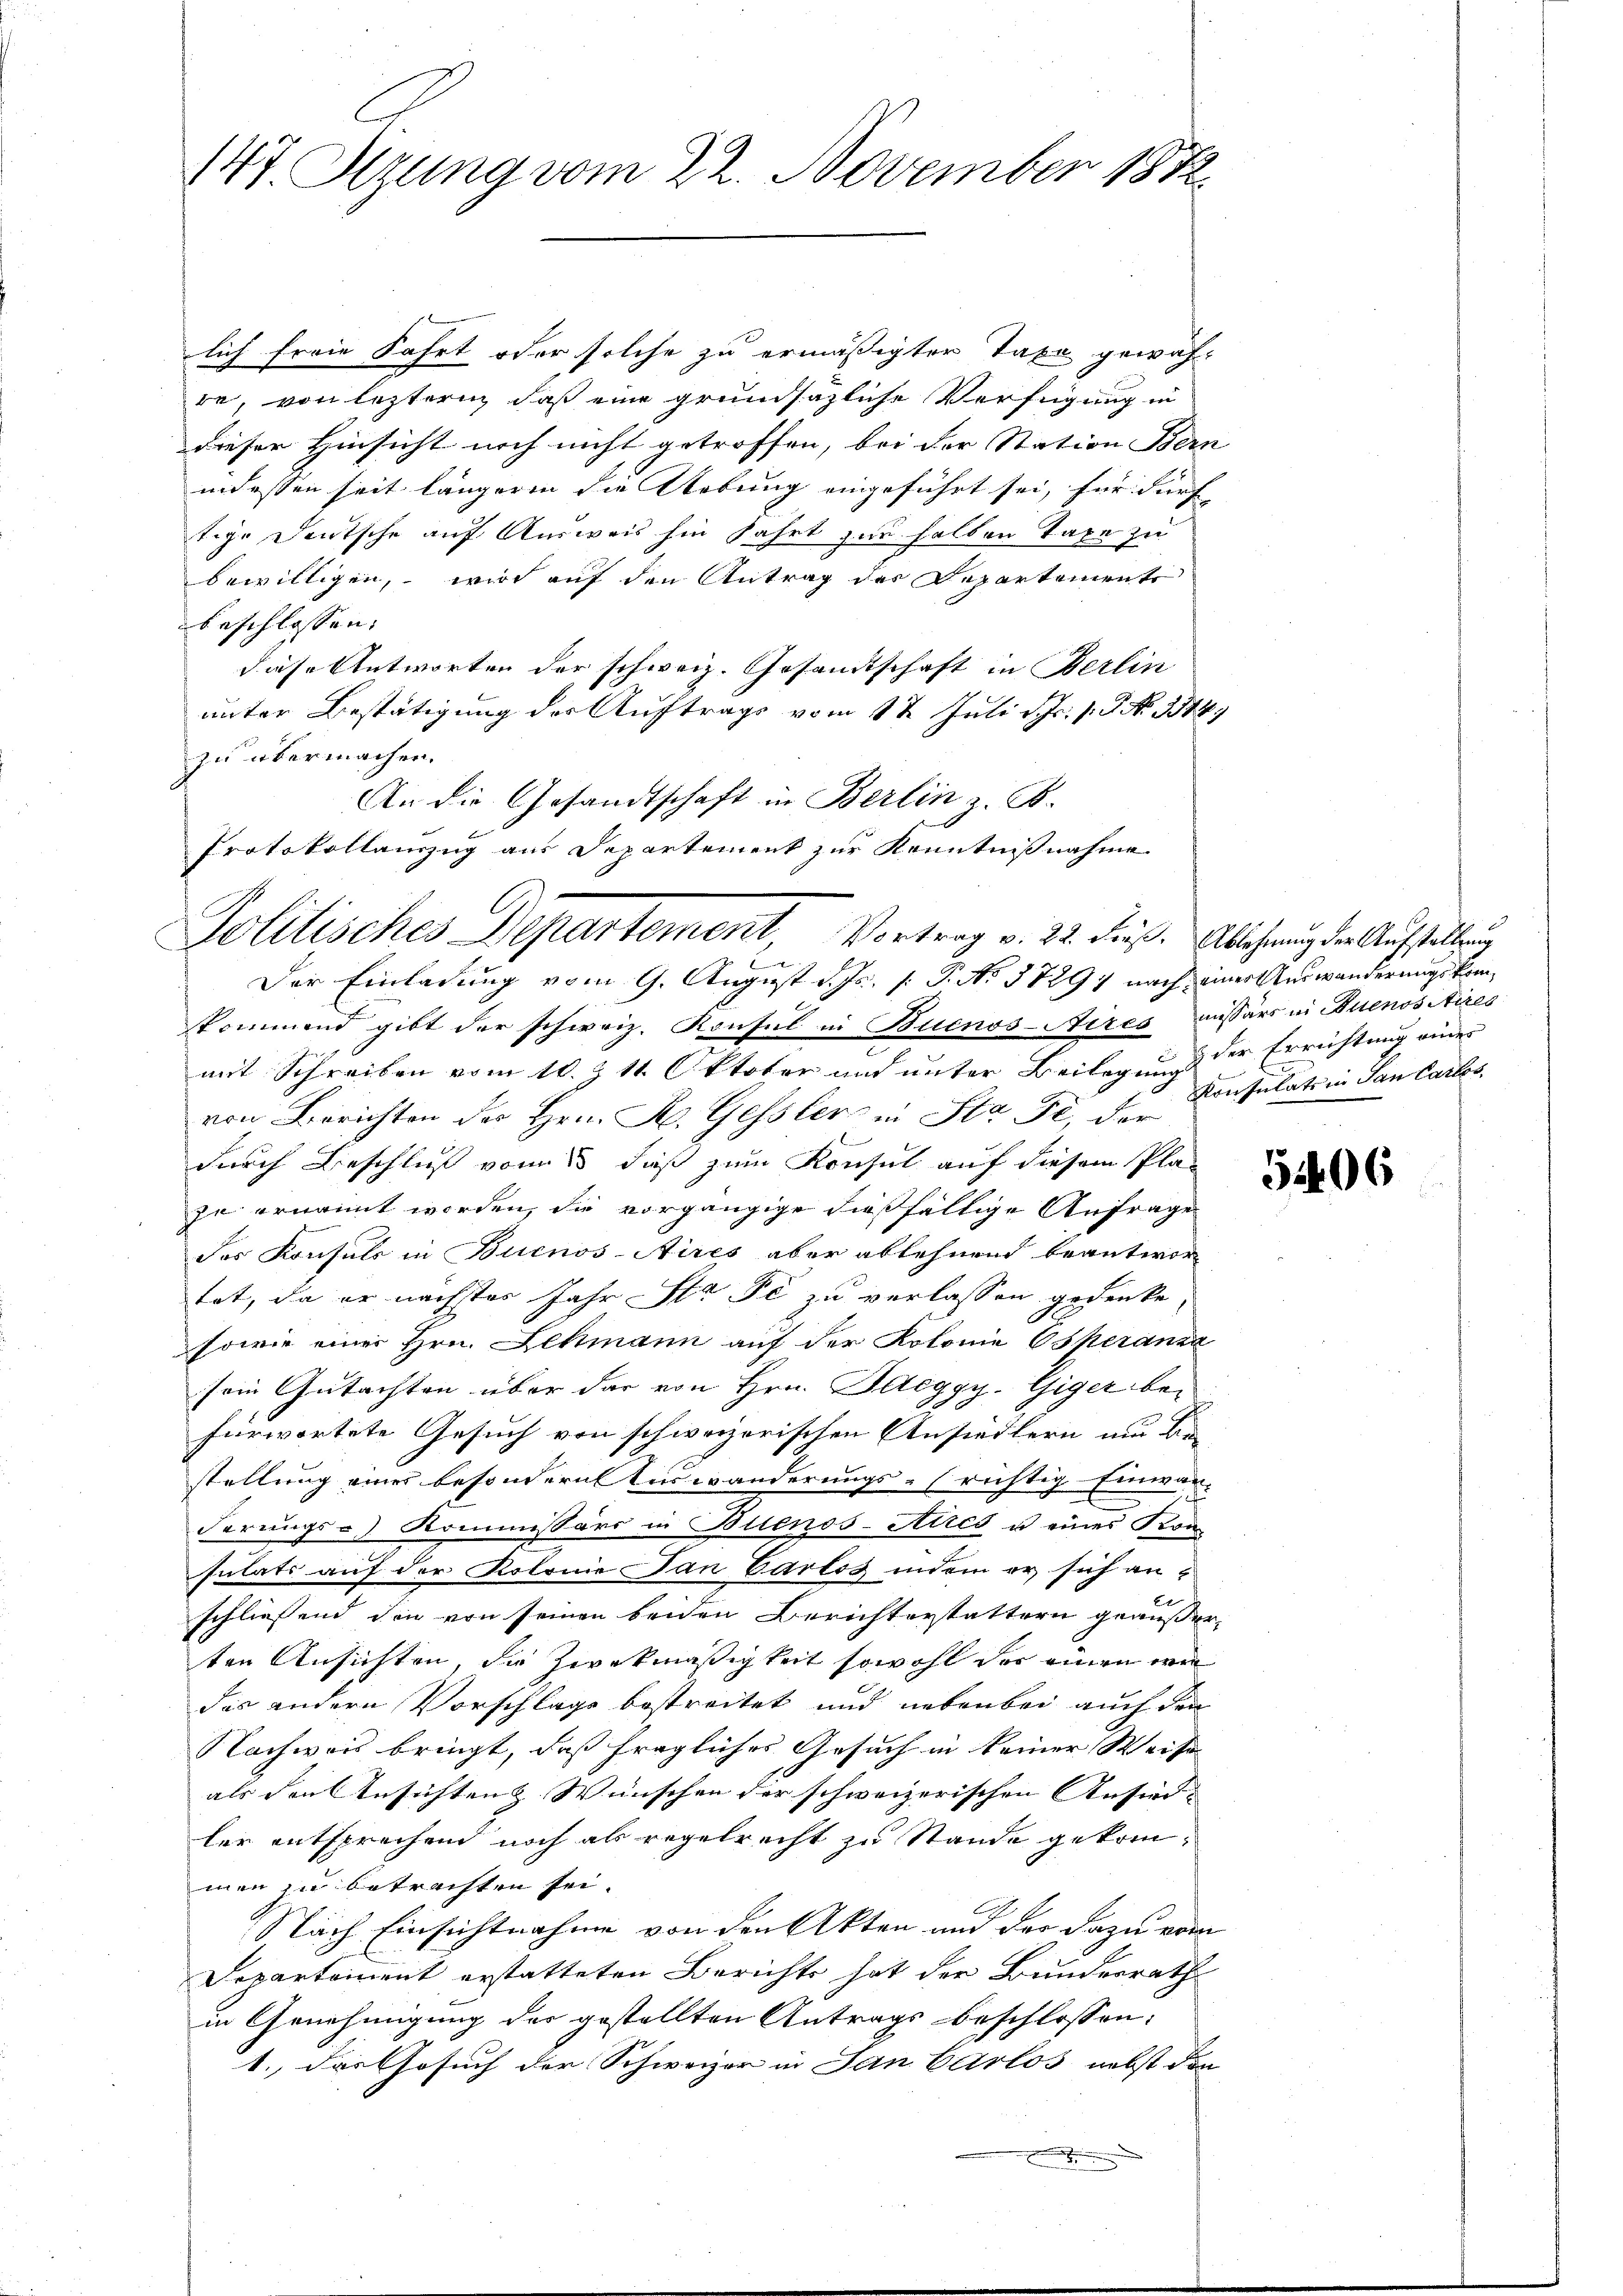
147. Sizung vom 22. November 1882

lich freie Fahrt oder solche zu ermäßigter Taxe gewäh-
re, von leztern daß eine grundsäzliche Verfügung in
dieser Hinsicht noch nicht getroffen, bei der Station Bern |
indessen seit längeren die Uebung eingeführt sei, für darf |
tige Deutsche auf Ausweis hin fahrt zur halben Taxe zu
bewilligen, wird auf den Antrag der Departemente
beschlossen:
diese Antworten der schweiz. Gesandtschaft in Berlin
unter Bestätigung der Auftrags vom 1t Juli d. Js. v. 8. No 1344)
zu übermachen.
An die Gesandtschaft in Berlin z. B.
Protokollanzug aus Departement zur Kenntnißnahme

Politisches Departement, Vortrag v. 22. dieß. Ablehnung der Aufstellung
C
Der Einladung vom 9. August d. Js. 1. P. No. 57294 nach einer Umwanderungskom¬

kommend gibt der schweiz. Konsul in Buenos-Aeres aussers in Buenos Aires
mit Schreiben vom 10. Z. 11. Oktober und unter Beilag, und der Errichtung einer
von Berichten des Hrn. H. Gessler in Sta Fr, der
durch Beschluß vom 13 daß zum Konsul auf diesem Plazu ernannt werden, die vorgängige dießfällige Anfrage
des Konsuls in Buenos-Aires aber ablehnend beantwor
tot, da er nächstes Jahr Sta sie zu verlassen gedenke,
sowie einer Hrn. Lehmann auf der Kolonie Operanza
sein Gutachten über dar von Hrn. Bleggy. Giger befürwortete Gesuch von schweizerischen Ansiedlern und Be-
stellung eines besondern Auswanderungs- richtig Einwan-
derungs- Kommissärs in Buenos-Ayres u eines Kon
sulats auf der Kolonie dan Parlos indem er sich anschliessend die von seinen beiden Berichterstattern geäußerten Ansichten, die Zweckmäßigkeit sowohl der einen wi
das andern Vorschlage bestreitet und nebenbei auch den
Nachweis bringt, daß fragliches Gesuch in keiner Weise
als den Ansichten & Wünschen der schweizerischen Ansier- |
ler entsprechend noch als regelrecht zu Stande gekommen zu betrachten sei.
Nach Einsichtnahme von den Akten und der dazu vom
Departement erstatteten Berichts hat der Bundesrath
in Genehmigung des gestellten Antrags beschlossen:
1., das Gesuch der Schweizer in San Carlos nebst den
.

Konsulats in San Carlos,

5406